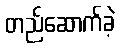
တည်ဆောက်ခဲ့